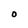
Character: O